Leaving Certificate Examination, 1912
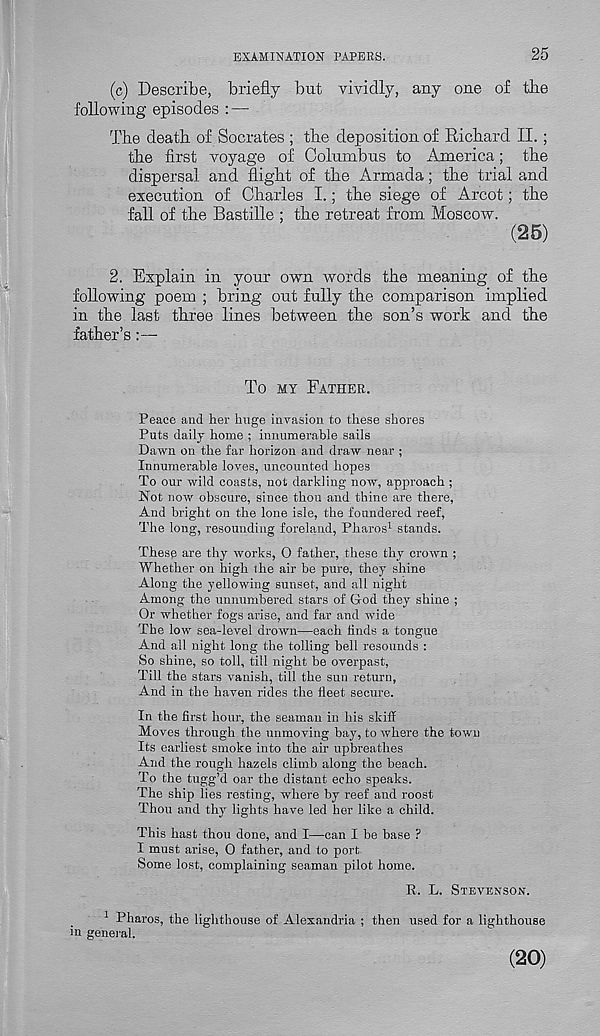
EXAMINATION PAPERS.
25
(c) Describe, briefly but vividly, any one of tbe
following episodes : —
Tbe death of Socrates ; the deposition of Richard II. ;
the first voyage of Columbus to America; the
dispersal and flight of the Armada; the trial and
execution of Charles I.; the siege of Arcot; the
fall of the Bastille ; the retreat from Moscow.
(25)
2. Explain in your own words the meaning of the
following poem ; bring out fully the comparison implied
in the last three lines between the son’s work and the
father’s:—
To MY FATHER.
Peace and her huge invasion to these shores
Puts daily home ; innumerable sails
Dawn on the far horizon and draw near ;
Innumerable loves, uncounted hopes
To our wild coasts, not darkling now, approach ;
Not now obscure, since thou and thine are there,
And bright on the lone isle, the foundered reef,
The long, resounding foreland, Pharos 1 stands.
Thesp are thy works, 0 father, these thy crown ;
Whether on high the air be pure, they shine
Along the yellowing sunset, and all night
Among the unnumbered stars of God they shine ;
Or whether fogs arise, and far and wide
The low sea-level drown—each finds a tongue
And all night long the tolling bell resounds :
So shine, so toll, till night be overpast,
Till the stars vanish, till the sun return,
And in the haven rides the fleet secure.
In the first hour, the seaman in his skiff
Moves through the unmoving bay, to where the town
Its earliest smoke into the air upbreathes
And the rough hazels climb along the beach.
To the tugg’d oar the distant echo speaks.
The ship lies resting, where by reef and roost
Thou and thy lights have led her like a child.
This hast thou done, and I—can I be base ?
I must arise, 0 father, and to port
Some lost, complaining seaman pilot home.
R. L. STEVENSON.
1 Pharos, the lighthouse of Alexandria ; then used for a lighthouse
in general.
(20)